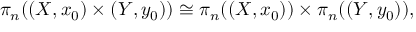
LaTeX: \pi _ { n } ( ( X , x _ { 0 } ) \times ( Y , y _ { 0 } ) ) \cong \pi _ { n } ( ( X , x _ { 0 } ) ) \times \pi _ { n } ( ( Y , y _ { 0 } ) ) ,